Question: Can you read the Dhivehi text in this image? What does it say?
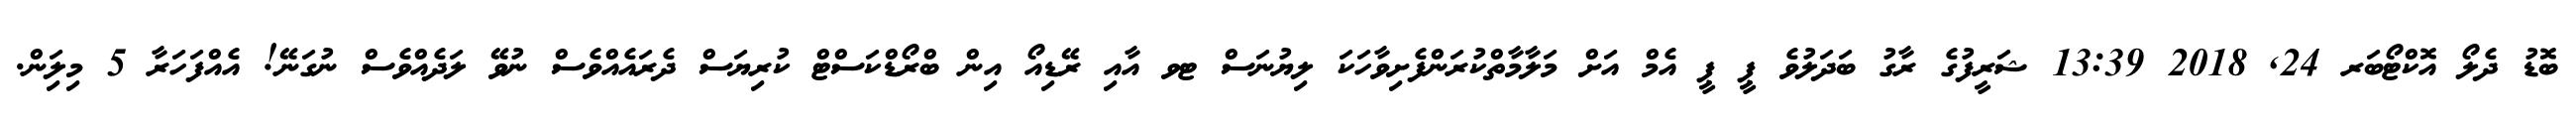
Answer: ބޮޑު ދެލޯ އޮކްޓޯބަރ 24, 2018 13:39 ޝަރީފުގެ ރާގު ބަދަލުވެ ޕީ ޕީ އެމް އަށް މަލާމާތްކުރަންފެށިވާހަކަ ލިޔުނަސް ޓވ އާއި ރޭޑިއޯ އިން ބްރޯޑްކަސްޓް ކުރިޔަސް ދެރައެއްވެސް ނުވޭ ލަދެއްވެސް ނުގަނޭ! އެއްފަހަރާ 5 މިލިަން.